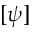
[ \psi ]